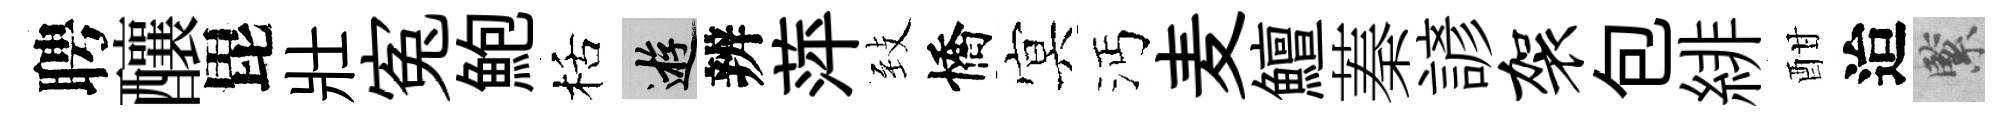
聘釀毘壯寃鮑栝游辨萍𦤺憍㝠沔麦鱣蓁諺袈包緋酣迨緊